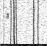
"